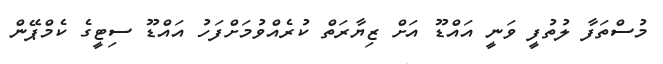
މުސްތަފާ ލުތުފީ ވަނީ އައްޑޫ އަށް ޒިޔާރަތް ކުރެއްވުމަށްފަހު އައްޑޫ ސިޓީގެ ކެމްޕޭން